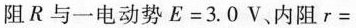
阻R与一电动势E=3.0V、内阻$$r =